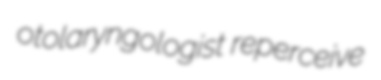
otolaryngologist reperceive